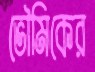
ভৌমিকের